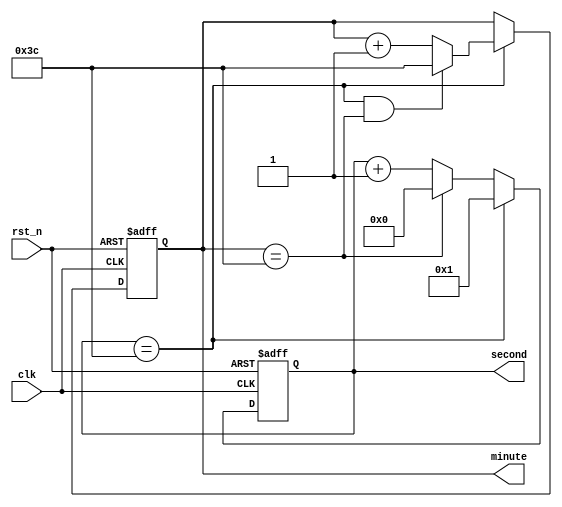
`timescale 1ns/1ns

module count_module(
	input clk,
	input rst_n,

    output reg [5:0]second,
    output reg [5:0]minute
	);
	
	                    
    wire add_cnt0;
    wire end_cnt0;

    wire add_cnt1;
    wire end_cnt1;

                        
    always @(posedge clk or negedge rst_n)begin
        if(!rst_n)begin
            second <= 0;
        end
        else if(add_cnt0)begin
            if(end_cnt0)
                second <= 1;
            else if (minute == 60)
                second <= 0;
            else
                second <= second + 1;
        end
    end
                        
    assign add_cnt0 = 1 ;
    assign end_cnt0 = add_cnt0 && second== 60;
                        
    always @(posedge clk or negedge rst_n)begin 
        if(!rst_n)begin
            minute <= 0;
        end
        else if(add_cnt1)begin
            if(end_cnt1)
                minute <= 60;
            else
                minute <= minute + 1;
        end
    end
                        
    assign add_cnt1 = end_cnt0;
    assign end_cnt1 = add_cnt1 && minute== 60 ;
	
endmodule